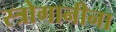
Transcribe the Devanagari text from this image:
स्त्रोगानीना